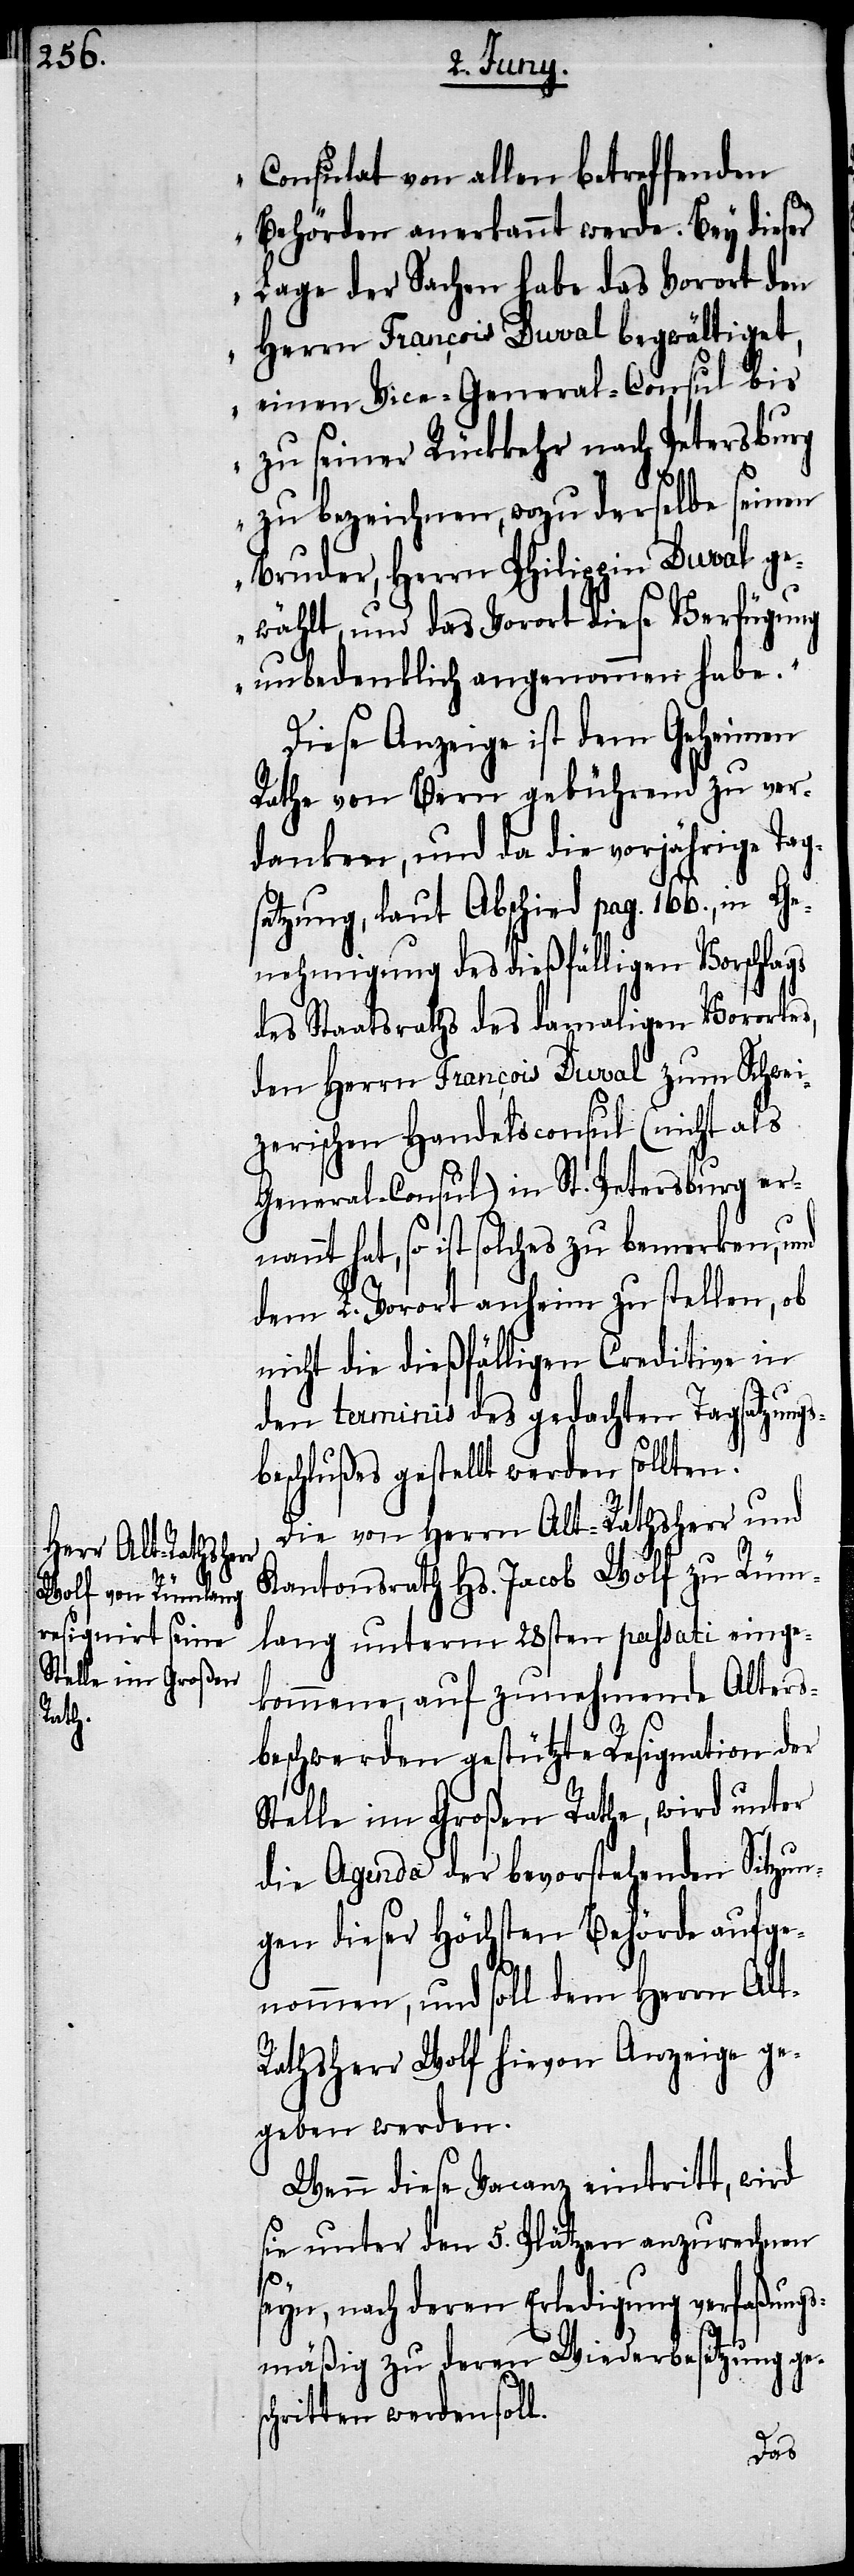
Consulat von allen betreffenden
Behörden anerkannt werde. Bey dieser
Lage der Sachen habe das Vorort den
Herrn Francois Duval begwältiget,
einen Vice-General-Consul bis
zu seiner Rückkehr nach Petersburg
zu bezeichnen, wozu derselbe seinen
Bruder, Herrn Philippin Duval ge¬
wählt, und das Vorort diese Verfügung
unbedenklich angenommen habe.“
Diese Anzeige ist dem Geheimen
Rathe von Bern gebührend zu ver¬
danken, und da die vorjährige Tags¬
atzung, laut Abschied pag. 166., in Ge¬
nehmigung des dießfälligen Vorschlags
des Staatsraths des damaligen Vorortes,
den Herrn François Duval zum Schwei¬
zerischen Handelsconsul (nicht als
General-Consul) in St. Petersburg ern¬
annt hat, so ist solches zu bemerken, und
dem L. Vorort anheim zu stellen, ob
nicht die dießfälligen Creditive in
den terminis des gedachten Tagsatzungs¬
beschlußes gestellt werden sollten.
Die von Herrn Alt-Rathsherr und
Kantonsrath Hs. Jacob Wolf zu Rüm¬
lang unterm 28sten passati einge¬
kommene, auf zunehmende Alters¬
beschwerden gestützte Resignation der
Stelle im Großen Rathe, wird unter
die Agenda der bevorstehenden Sitzun¬
gen dieser Höchsten Behörde aufge¬
nommenn, und soll dem Herrn Alt-R¬
athsherr Wolf hievon Anzeige ge¬
geben werden.
Wenn diese Vacanz eintritt, wird
sie unter den 5. Plätzen anzurechnen
seyn, nach deren Erledigung verfaßungs¬
mäßig zu deren Wiederbesitzung ges¬
chritten werden soll.